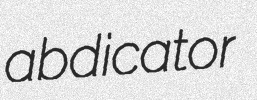
abdicator